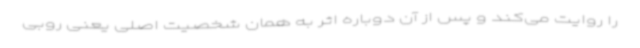
را روایت می‌کند و پس از آن دوباره اثر به همان شخصیت اصلی یعنی روبی